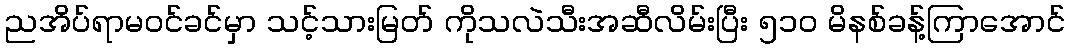
ညအိပ်ရာမဝင်ခင်မှာ သင့်သားမြတ် ကိုသလဲသီးအဆီလိမ်းပြီး ၅၁၀ မိနစ်ခန့်ကြာအောင်